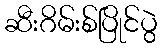
ဆီးဂိမ်းစ်ပြိုင်ပွဲ